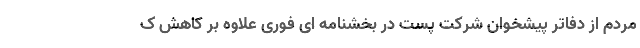
مردم از دفاتر پیشخوان شرکت پست در بخشنامه ای فوری علاوه بر کاهش ک